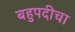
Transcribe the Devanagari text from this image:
बहुपदीचा